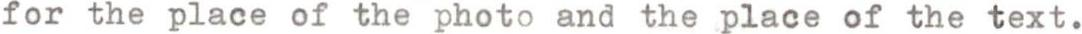
for the place of the photo and the place of the text.